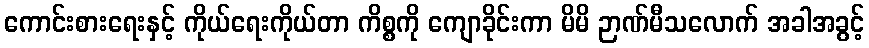
ကောင်းစားရေးနှင့် ကိုယ်ရေးကိုယ်တာ ကိစ္စကို ကျောခိုင်းကာ မိမိ ဉာဏ်မီသလောက် အခါအခွင့်